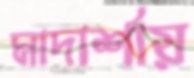
মাদার্শায়